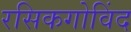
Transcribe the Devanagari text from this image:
रसिकगोविंद